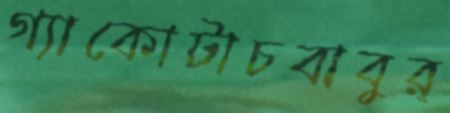
গ্যাকোটাচবাবুর্